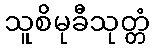
သူစိမုခီသုတ္တံ